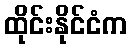
ထိုင်းနိုင်ငံက